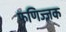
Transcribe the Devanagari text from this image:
फणिज्जक